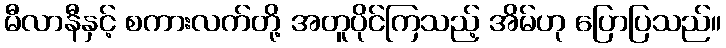
မီလာနီနှင့် စကားလက်တို့ အတူပိုင်ကြသည့် အိမ်ဟု ပြောပြသည်။